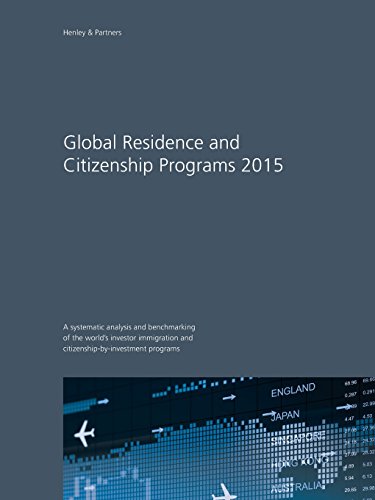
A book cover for Global Residence and Citizenship Programs 2015; Law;